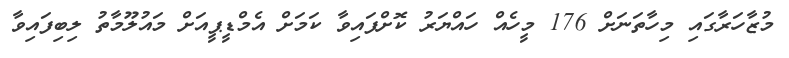
މުޒާހަރާގައި މިހާތަނަށް 176 މީހެއް ހައްޔަރު ކޮށްފައިވާ ކަމަށް އެމްޑީޕީއަށް މައުލޫމާތު ލިބިފައިވާ